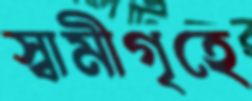
স্বামীগৃহে